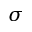
\b \sigma